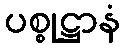
ပစ္စုဋ္ဌာနံ